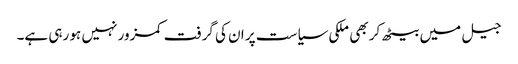
جیل میں بیٹھ کر بھی ملکی سیاست پر ان کی گرفت کمزور نہیں ہو رہی ہے۔